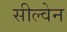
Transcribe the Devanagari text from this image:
सील्वेन